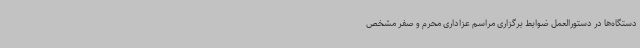
دستگاه‌ها در دستورالعمل ضوابط برگزاری مراسم عزاداری محرم و صفر مشخص